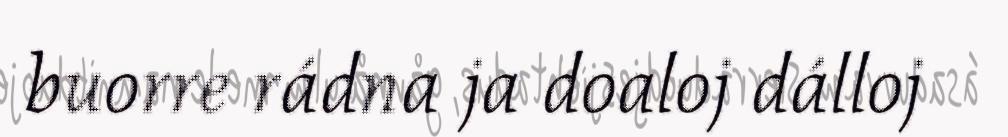
buorre rádna ja doaloj dálloj